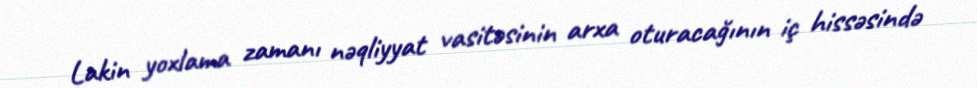
Lakin yoxlama zamanı nəqliyyat vasitəsinin arxa oturacağının iç hissəsində